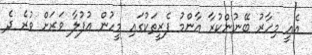
އެއީ މިހާރު ބޭނުންކުރާ އާންމު ފެރީތަކުގައި މީހުން އުފުލާ ވަރަށް ވުރެ ދެ